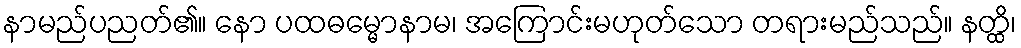
နာမည်ပညတ်၏။ နော ပထဓမ္မောနာမ၊ အကြောင်းမဟုတ်သော တရားမည်သည်။ နတ္ထိ၊